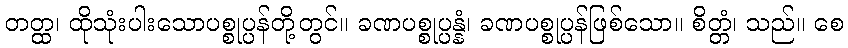
တတ္ထ၊ ထိုသုံးပါးသောပစ္စုပ္ပန်တို့တွင်။ ခဏပစ္စုပ္ပန္နံ၊ ခဏပစ္စုပ္ပန်ဖြစ်သော။ စိတ္တံ၊ သည်။ စေ